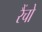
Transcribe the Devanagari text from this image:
रैंचो